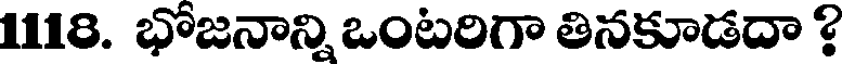
1118. భోజనాన్ని ఒంటరిగా తినకూడదా ?